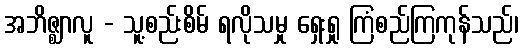
အဘိဇ္ဈာလူ - သူ့စည်းစိမ် ရလိုသမှု ရှေးရှု ကြံစည်ကြကုန်သည်၊